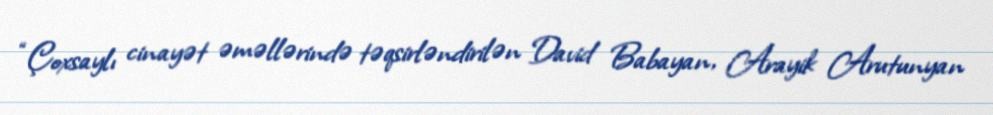
“Çoxsaylı cinayət əməllərində təqsirləndirilən David Babayan, Arayik Arutunyan